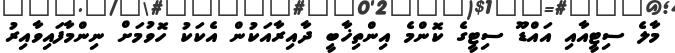
މާލެ ސިޓީއާއި އައްޑޫ ސިޓީގެ ކޮންމެ އިންތިޚާބީ ދާއިރާއަކުން އެކަކު ހޮވުމަށް ނިންމާފައިވާއިރު